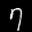
Label: 7